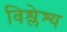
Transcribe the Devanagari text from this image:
विश्लेश्य